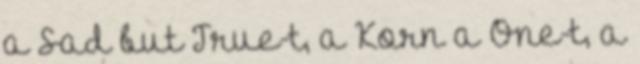
a Sad but True-t, a Korn a One-t, a